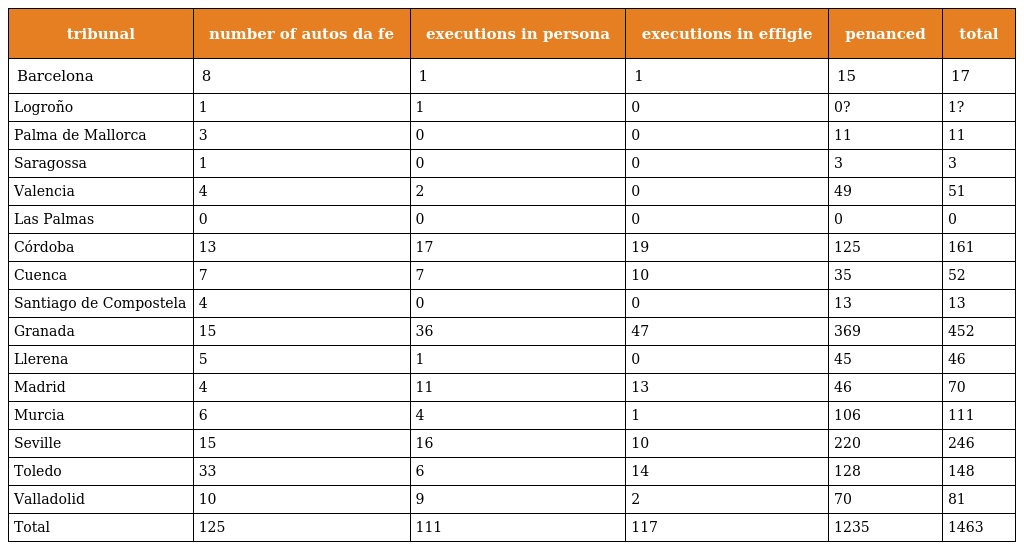
| tribunal | number of autos da fe | executions in persona | executions in effigie | penanced | total |
 | --- | --- | --- | --- | --- | --- |
 | Barcelona | 8 | 1 | 1 | 15 | 17 |
 | Logroño | 1 | 1 | 0 | 0? | 1? |
 | Palma de Mallorca | 3 | 0 | 0 | 11 | 11 |
 | Saragossa | 1 | 0 | 0 | 3 | 3 |
 | Valencia | 4 | 2 | 0 | 49 | 51 |
 | Las Palmas | 0 | 0 | 0 | 0 | 0 |
 | Córdoba | 13 | 17 | 19 | 125 | 161 |
 | Cuenca | 7 | 7 | 10 | 35 | 52 |
 | Santiago de Compostela | 4 | 0 | 0 | 13 | 13 |
 | Granada | 15 | 36 | 47 | 369 | 452 |
 | Llerena | 5 | 1 | 0 | 45 | 46 |
 | Madrid | 4 | 11 | 13 | 46 | 70 |
 | Murcia | 6 | 4 | 1 | 106 | 111 |
 | Seville | 15 | 16 | 10 | 220 | 246 |
 | Toledo | 33 | 6 | 14 | 128 | 148 |
 | Valladolid | 10 | 9 | 2 | 70 | 81 |
 | Total | 125 | 111 | 117 | 1235 | 1463 |